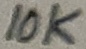
Text: 10K